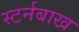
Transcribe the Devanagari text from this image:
स्टर्नबाख